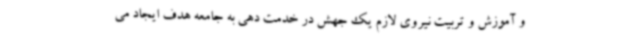
و آموزش و تربیت نیروی لازم یک جهش در خدمت دهی به جامعه هدف ایجاد می